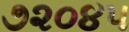
૭૨૦૪૫